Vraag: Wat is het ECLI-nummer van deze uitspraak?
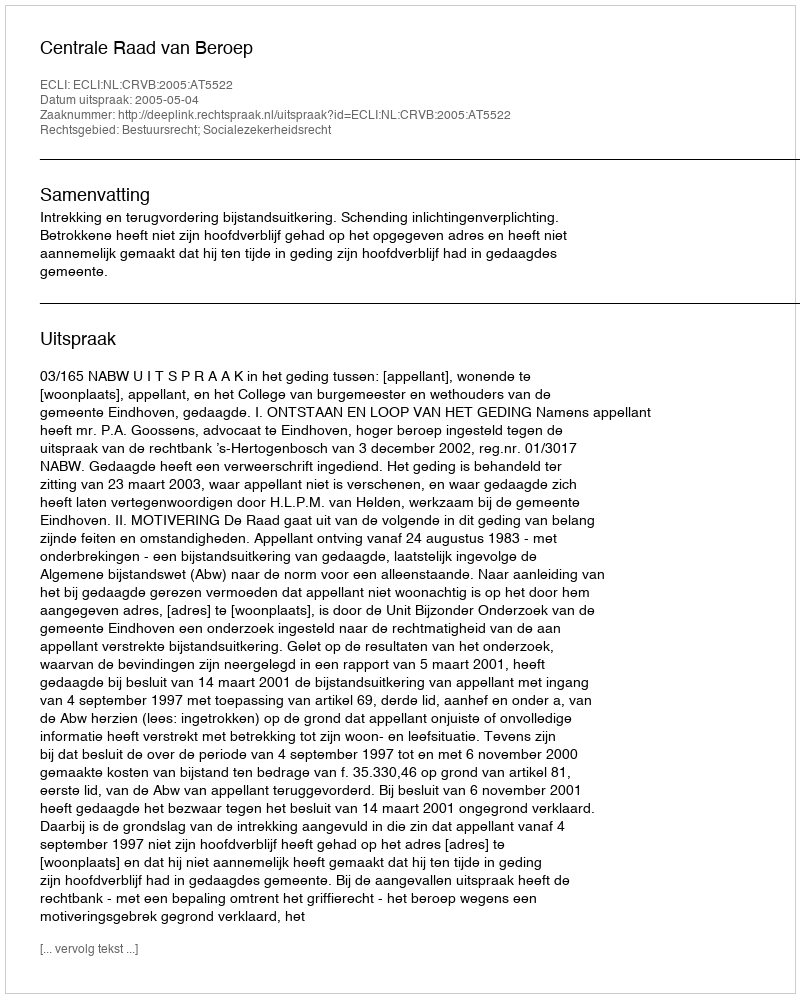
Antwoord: ECLI:NL:CRVB:2005:AT5522